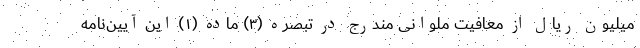
میلیون ریال از معافیت ملوانی مندرج در تبصره (۳) ماده (۱) این آیین‌نامه